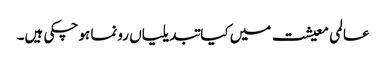
عالمی معیشت میں کیا تبدیلیاں رونما ہو چکی ہیں۔